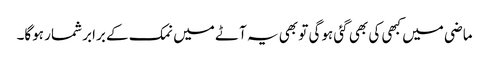
ماضی میں کبھی کی بھی گئی ہوگی تو بھی یہ آٹے میں نمک کے برابر شمار ہوگا۔